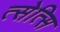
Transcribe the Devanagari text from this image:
त्सेत्सि